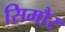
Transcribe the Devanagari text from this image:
सिमौर